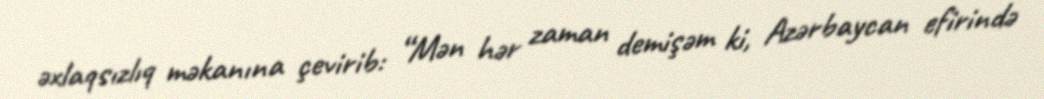
əxlaqsızlıq məkanına çevirib: “Mən hər zaman demişəm ki, Azərbaycan efirində